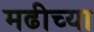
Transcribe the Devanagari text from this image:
मढीच्या